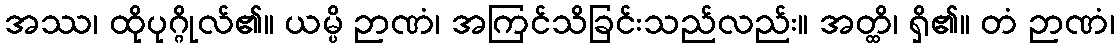
အဿ၊ ထိုပုဂ္ဂိုလ်၏။ ယမ္ပိ ဉာဏံ၊ အကြင်သိခြင်းသည်လည်း။ အတ္ထိ၊ ရှိ၏။ တံ ဉာဏံ၊